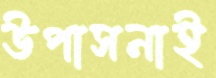
উপাসনাই